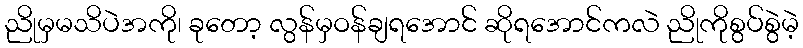
ညိုမှမသိပဲအကို၊ ခုတော့ လွန်မှဝန်ချရအောင် ဆိုရအောင်ကလဲ ညိုကိုစွပ်စွဲမဲ့